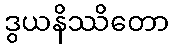
ဒွယနိဿိတော